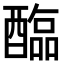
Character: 𫑻